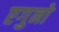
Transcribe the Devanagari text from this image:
एगुनो